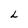
Character: L